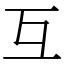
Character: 互